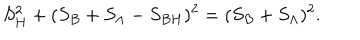
S _ { H } ^ { 2 } + ( S _ { B } + S _ { \Lambda } - S _ { B H } ) ^ { 2 } = ( S _ { B } + S _ { \Lambda } ) ^ { 2 } .